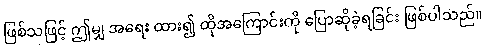
ဖြစ်သဖြင့် ဤမျှ အရေး ထား၍ ထိုအကြောင်းကို ပြောဆိုခဲ့ရခြင်း ဖြစ်ပါသည်။